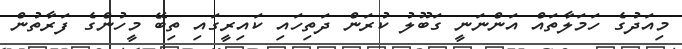
މިއަދުގެ ހަމަލާތައް އަންނަނީ ގަބޫލު ކުރަން ދަތިހައި ކައިރީގައި ތިބޭ މީހުންގެ ފަރާތުން